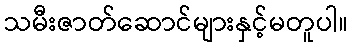
သမီးဇာတ်ဆောင်များနှင့်မတူပါ။